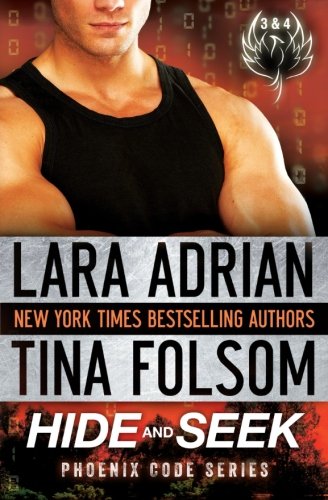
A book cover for Hide and Seek: Phoenix Code (3 & 4) (Volume 2); Lara Adrian; Romance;